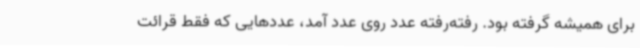
برای همیشه گرفته بود. رفته‌رفته عدد روی عدد آمد، عددهایی که فقط قرائت